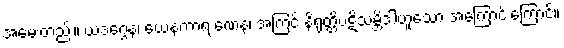
အမေးတည်း။ ယဒဂ္ဂေန၊ ယေနကာရ ဏေန၊ အကြင် နိရုတ္တိပဋိသမ္ဘိဒါဟူသော အကြောင်းကြောင့်။